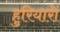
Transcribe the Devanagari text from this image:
हुरियारों